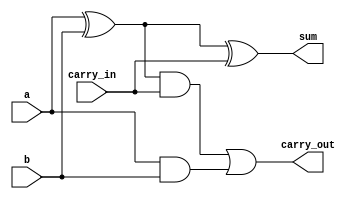
module full_adder 
  (
   a,
   b,
   carry_in,
   sum,
	carry_out
   );
 
  input  a;
  input  b;
  input  carry_in;
  output sum;
  output carry_out;
 
  wire   W_1;
  wire   W_2;
  wire   W_3;
       
  assign W_1 = a ^ b;
  assign W_2 = W_1 & carry_in;
  assign W_3 = a & b;
 
  assign sum   = W_1 ^ carry_in;
  assign carry_out = W_2 | W_3;
 
 
endmodule